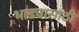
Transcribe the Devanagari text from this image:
भाड्यासाठी